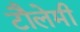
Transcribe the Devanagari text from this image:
टौलेमी